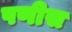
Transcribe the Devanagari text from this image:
पणीस